Report on lock hospitals in British Burma
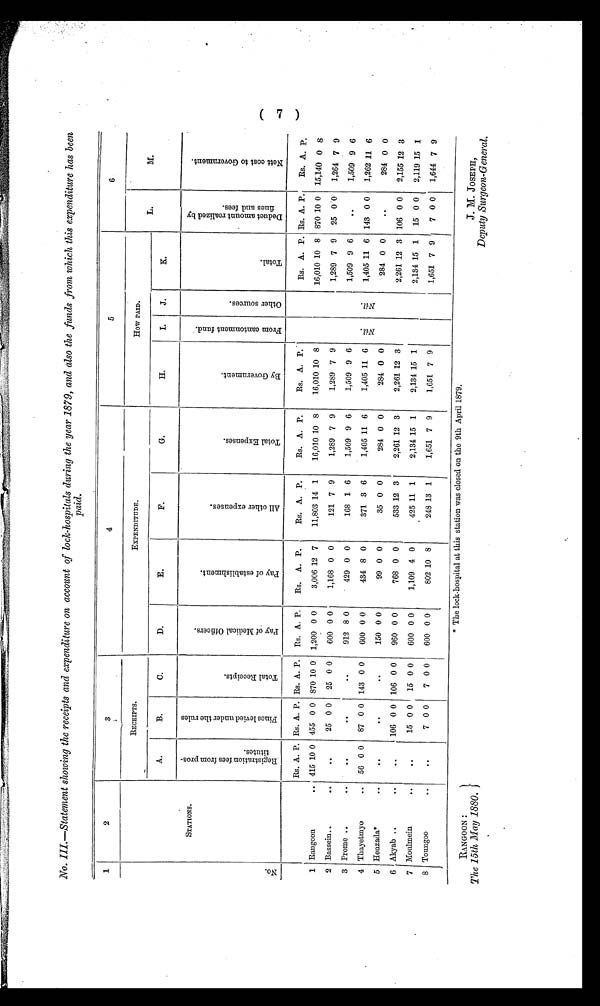
RANGOON:
The 15th May 1880.}
J. M. JOSEPH,
Deputy Surgeon-General.
No. III.—Statement showing the receipts and expenditure on account of lock-hospitals during the year 1879, and also the funds from which this expenditure has been
paid.
1
2
3
4
5
6
N o .
STATIONS.
RECEIPTS.
EXPENDITUDE.
How PAID.
L.
M.
A.
B.
C.
D.
E.
F.
G.
H.
I.
J.
K.
R e g i s t r a t i o n f e e s f r o m p r o s - t i t u t e s .
F i n e s l e v i e d u n d e r t h e r u l e s .
T o t a l R e c e i p t s .
P a y o f M e d i c a l O f f i c e r s .
P a y o f e s t a b l i s h m e n t .
A l l o t h e r e x p e n s e s .
T o t a l E x p e n s e s . B y G o v e r n m e n t .
F r o m c a n t o m e n t f u n d .
O h e r s o u r c e s .
T o t a l .
D e d u c t a m o u n t r e a l i z e d b y f i n e s a n d f e e s .
N e t t c o s t t o G o v e r n m e n t .
Rs. A. P. Rs. A. P. Rs. A. P. Rs. A. P.
Rs.
A .
P.
Rs. A. P.
Rs. A. P.
Rs. A. P.
Rs. A. P. Rs. A. P.
Rs. A. p,
1 Rangoon
.. 415 10 0 455 0 0 870 10 0 1,200 0 0
3,006 12 7
11,803 14 1
16,010 10 8
16,010 10 8
16,010 10 8 870 10 0 15,140 0 8
2 Bassein..
.. .. .. ..
25 0 0
25 0 0
600 0 0
1,168 0 0
121 7 9
1,289 7 9
1,289 7 9
1,289 7 9
25 0 0 1,264 7 9
3 Prome..
. .
..
..
.. .. .. .. .. .. ..
912 8 0
429 0 0
168 1 6
1,509 9 6
1,509 9 6
1,509 9 6
.. .. ..
1,509 9 6
4 Thayetmyo
..
56 0 0
87 0 0 143 0 0
600 0 0
434 8 0
371 3 6
1,405 11 6
1,405 11 6
N i l
N i l
1,405 11 6 143 0 0
1,262
1 1 6
5 Henzada*
. .
.. .. .. ..
..
..
. .
150 0 0
99 0 0
35 0 0
284 0 0
284 0 0
284 0 0
..
284 0 0
6 Akyab ..
. .
..
..
106 0 0 106 0 0
960 0 0
768 0 0
533 12 3
2,261 12 3
2,261 12 3
2,261 12 3 106 0 0
2,155 12 3
7 Moulmein
. .
..
..
15 0 0
15 0 0
600 0 0
1,109 4 0
425 11 1
2,134 15 1
2,134 15 1
2,134 15 1
15 0 0
2,119 15 1
8 Toungoo
..
..
..
..
7 0 0
7 0 0
600 0 0
802 10 8
248 13 1
1,651 7 9
1,651 7 9
1,651 7 9
7 0 0
1,644 7 9
* The lock-hospital at this station was closed on the 9th April 1879.